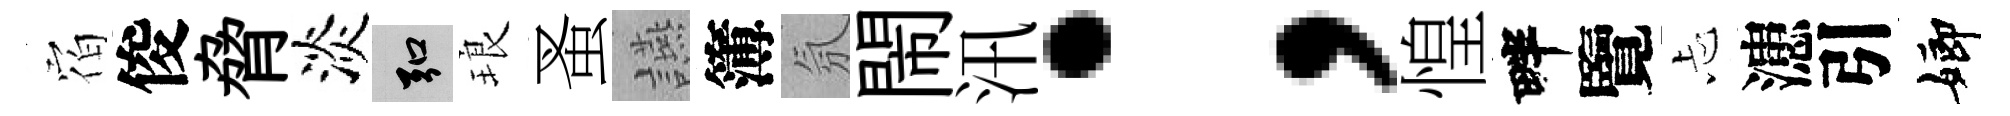
𪧐俊脅淡弘琅蚤讌簿氛閙汛；惶畔覽忐漶引嫏